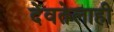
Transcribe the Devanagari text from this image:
देवतेलाही